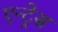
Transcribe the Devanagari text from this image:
एन्ट्रेस